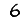
Digit: 6